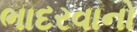
ભાદરવાનો